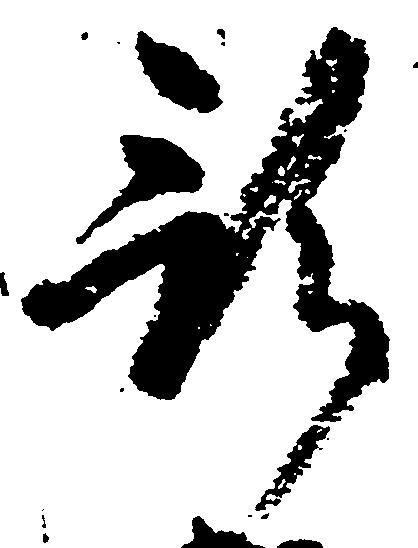
預